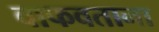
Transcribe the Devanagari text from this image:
वाफवताना